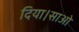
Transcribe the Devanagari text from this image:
दिया।साओ